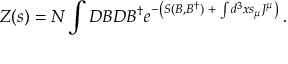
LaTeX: { \cal Z } ( s ) = { \cal N } \int D B D B ^ { \dagger } e ^ { - \left( S ( B , B ^ { \dagger } ) \; + \; \int d ^ { 3 } x s _ { \mu } J ^ { \mu } \right) \; } .